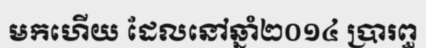
មកហើយ ដែលនៅឆ្នាំ២០១៤ ប្រារព្ធ